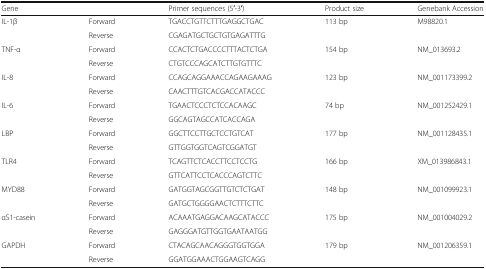
<table><thead><tr><td><b>Gene</b></td><td></td><td><b>Primer sequences (5′-3′)</b></td><td><b>Product size</b></td><td><b>Genebank Accession</b></td></tr></thead><tbody><tr><td>IL-1β</td><td>Forward</td><td>TGACCTGTTCTTTGAGGCTGAC</td><td>113 bp</td><td>M98820.1</td></tr><tr><td></td><td>Reverse</td><td>CGAGATGCTGCTGTGAGATTTG</td><td></td><td></td></tr><tr><td>TNF-α</td><td>Forward</td><td>CCACTCTGACCCCTTTACTCTGA</td><td>154 bp</td><td>NM_013693.2</td></tr><tr><td></td><td>Reverse</td><td>CTGTCCCAGCATCTTGTGTTTC</td><td></td><td></td></tr><tr><td>IL-8</td><td>Forward</td><td>CCAGCAGGAAACCAGAAGAAAG</td><td>123 bp</td><td>NM_001173399.2</td></tr><tr><td></td><td>Reverse</td><td>CAACTTTGTCACGACCATACCC</td><td></td><td></td></tr><tr><td>IL-6</td><td>Forward</td><td>TGAACTCCCTCTCCACAAGC</td><td>74 bp</td><td>NM_001252429.1</td></tr><tr><td></td><td>Reverse</td><td>GGCAGTAGCCATCACCAGA</td><td></td><td></td></tr><tr><td>LBP</td><td>Forward</td><td>GGCTTCCTTGCTCCTGTCAT</td><td>177 bp</td><td>NM_001128435.1</td></tr><tr><td></td><td>Reverse</td><td>GTTGGTGGTCAGTCGGATGT</td><td></td><td></td></tr><tr><td>TLR4</td><td>Forward</td><td>TCAGTTCTCACCTTCCTCCTG</td><td>166 bp</td><td>XM_013986843.1</td></tr><tr><td></td><td>Reverse</td><td>GTTCATTCCTCACCCAGTCTTC</td><td></td><td></td></tr><tr><td>MYD88</td><td>Forward</td><td>GATGGTAGCGGTTGTCTCTGAT</td><td>148 bp</td><td>NM_001099923.1</td></tr><tr><td></td><td>Reverse</td><td>GATGCTGGGGAACTCTTTCTTC</td><td></td><td></td></tr><tr><td>αS1-casein</td><td>Forward</td><td>ACAAATGAGGACAAGCATACCC</td><td>175 bp</td><td>NM_001004029.2</td></tr><tr><td></td><td>Reverse</td><td>GAGGGATGTTGGTGAATAATGG</td><td></td><td></td></tr><tr><td>GAPDH</td><td>Forward</td><td>CTACAGCAACAGGGTGGTGGA</td><td>179 bp</td><td>NM_001206359.1</td></tr><tr><td></td><td>Reverse</td><td>GGATGGAAACTGGAAGTCAGG</td><td></td><td></td></tr></tbody></table>